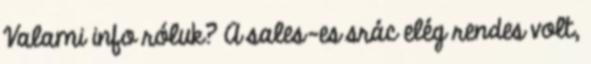
Valami info róluk? A sales-es srác elég rendes volt,